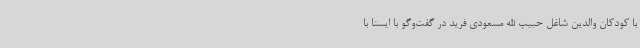
با کودکان والدین شاغل حبیب الله مسعودی فرید در گفت‌وگو با ایسنا با